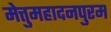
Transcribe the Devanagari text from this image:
मेत्तुमहादनपुरम